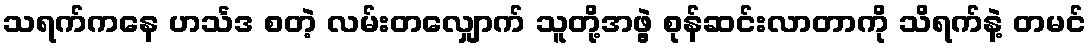
သရက်ကနေ ဟင်္သဒ စတဲ့ လမ်းတလျှောက် သူတို့အဖွဲ့ စုန်ဆင်းလာတာကို သိရက်နဲ့ တမင်